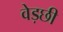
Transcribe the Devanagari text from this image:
वेड़छी